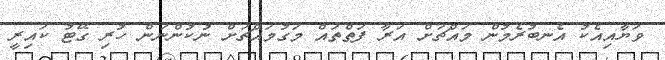
ވަޔާއިއެކު އެނބުރެމުން މައްޗަށް އަރާ ފަތްތައް މަގުމައްޗަށް ނުކުންނަން ހުރި ގޭޓު ކައިރީ